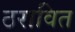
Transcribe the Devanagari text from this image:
ठरावित